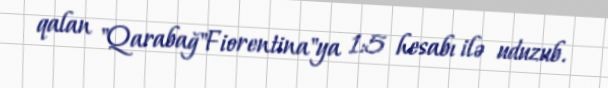
qalan "Qarabağ"Fiorentina"ya 1:5 hesabı ilə uduzub.